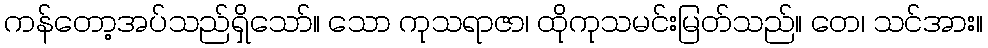
ကန်တော့အပ်သည်ရှိသော်။ သော ကုသရာဇာ၊ ထိုကုသမင်းမြတ်သည်။ တေ၊ သင်အား။